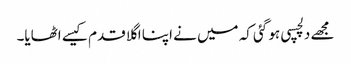
مجھے دلچسپی ہو گئی کہ میں نے اپنا اگلا قدم کیسے اٹھایا۔